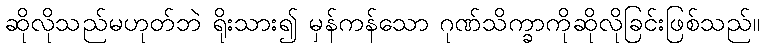
ဆိုလိုသည်မဟုတ်ဘဲ ရိုးသား၍ မှန်ကန်သော ဂုဏ်သိက္ခာကိုဆိုလိုခြင်းဖြစ်သည်။